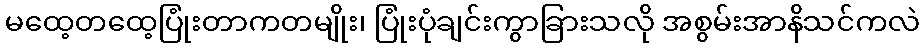
မထေ့တထေ့ပြုံးတာကတမျိုး၊ ပြုံးပုံချင်းကွာခြားသလို အစွမ်းအာနိသင်ကလဲ